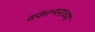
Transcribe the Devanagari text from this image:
संकल्पनाच्या